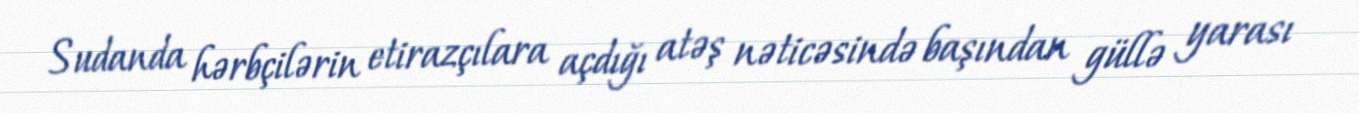
Sudanda hərbçilərin etirazçılara açdığı atəş nəticəsində başından güllə yarası